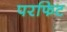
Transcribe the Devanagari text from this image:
परफिट